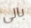
بالى